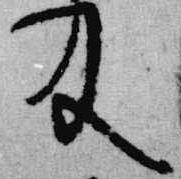
及